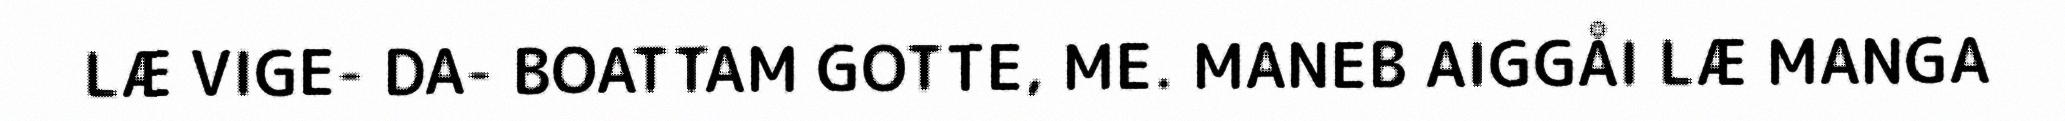
LÆ VIGE- DA- BOATTAM GOTTE, ME. MANEB AIGGÅI LÆ MANGA